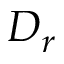
D _ { r }